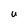
Character: U